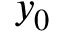
y _ { 0 }